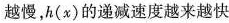
越慢，h(x)的递减速度越来越快